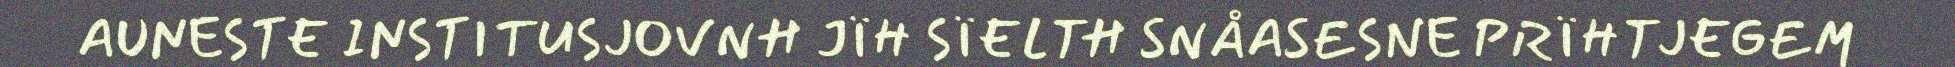
AUNESTE INSTITUSJOVNH JÏH SÏELTH SNÅASESNE PRÏHTJEGEM